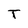
Character: T